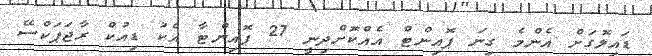
ޑައިލޮގަށް އެންމެ ގިނަ ޕޮއިންޓް އެއްކޮށްދިނީ 27 ޕޮއިންޓާ އެކު ޑިއުކް ރާޖަޕަކްސޭ